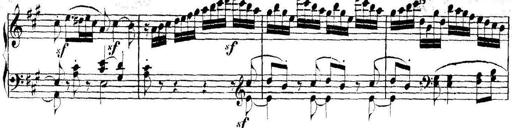
Title: Collected Piano Sonatas
Composer: Muzio Clementi